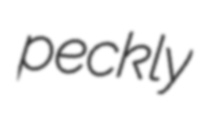
peckly